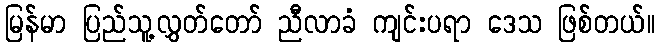
မြန်မာ ပြည်သူ့လွှတ်တော် ညီလာခံ ကျင်းပရာ ဒေသ ဖြစ်တယ်။